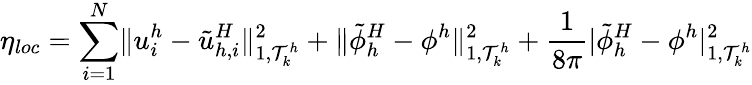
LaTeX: \eta_{loc}=\sum_{i=1}^{N}\lVert u_{i}^{h}-\tilde{u}_{h,i}^{H}\rVert_{1,\mathcal{T}_{k}^{h}}^{2}+\lVert\tilde{\phi}_{h}^{H}-\phi^{h}\rVert_{1,\mathcal{T}_{k}^{h}}^{2}+\frac{1}{8\pi}\lvert\tilde{\phi}_{h}^{H}-\phi^{h}\rvert_{1,\mathcal{T}_{k}^{h}}^{2}